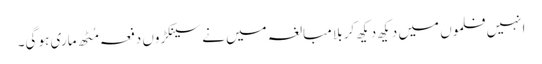
انہیں فلموں میں دیکھ دیکھ کر بلا مبالغہ میں نے سینکڑوں دفعہ مُٹھ ماری ہو گی۔